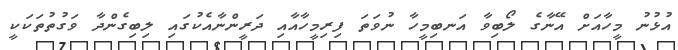
އުޅުނު މީހާއަށް އޭނާގެ ލޯބިވާ އަނބިމީހާ ނުވަތަ ފިރިމީހާއާއި ދަރީންނާއެކުގައި ލިބިގެންދާ ވަގުތުތަކަކީ